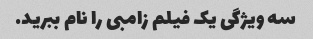
سه ویژگی یک فیلم زامبی را نام ببرید.